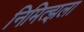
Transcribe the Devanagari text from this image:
निमित्झला